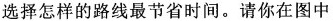
选择怎样的路线最节省时间。请你在图中